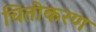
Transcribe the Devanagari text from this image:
चितीकरण